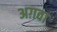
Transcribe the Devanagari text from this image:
अग़वा